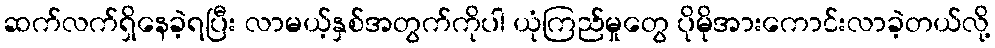
ဆက်လက်ရှိနေခဲ့ရပြီး လာမယ့်နှစ်အတွက်ကိုပါ ယုံကြည်မှုတွေ ပိုမိုအားကောင်းလာခဲ့တယ်လို့